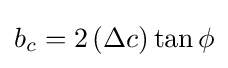
b_{c}=2\left(\Delta c\right)\tan \phi